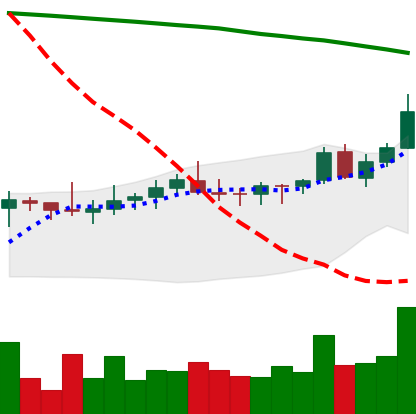
Ticker: XLM-USD
Chart end date: 2021-08-11
Forward return: 10.465%
Label: up_7plus